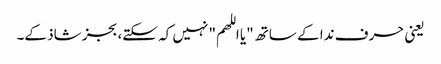
یعنی حرف ندا کے ساتھ "یا اللھم" نہیں کہ سکتے، بجز شاذ کے۔